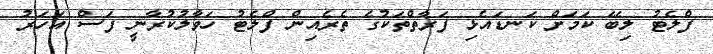
ފްލެޓު ލިބޭ ކަމަށް ކަނޑައެޅި ފަރާތްތަކުގެ ތެރެއިން ފްލެޓު ހަވާލުކުރާނީ ފަސް އަހަރު